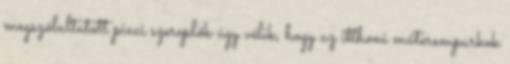
megszólaltatott piaci szereplők úgy vélik, hogy az itthoni műteremparkok